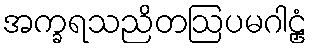
အက္ခရသညိတဩပမဂါဠှံ